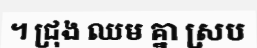
។ ជ្រុង ឈម គ្នា ស្រប